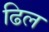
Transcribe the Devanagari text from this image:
ढिल